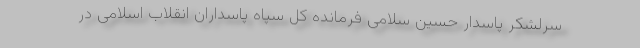
سرلشکر پاسدار حسین سلامی فرمانده کل سپاه پاسداران انقلاب اسلامی در